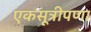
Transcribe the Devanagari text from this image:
एकसूत्रीपणा